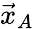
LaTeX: {\vec{x}}_{A}